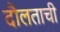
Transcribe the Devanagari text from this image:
दौलताची